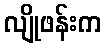
လျိုဖန်းက